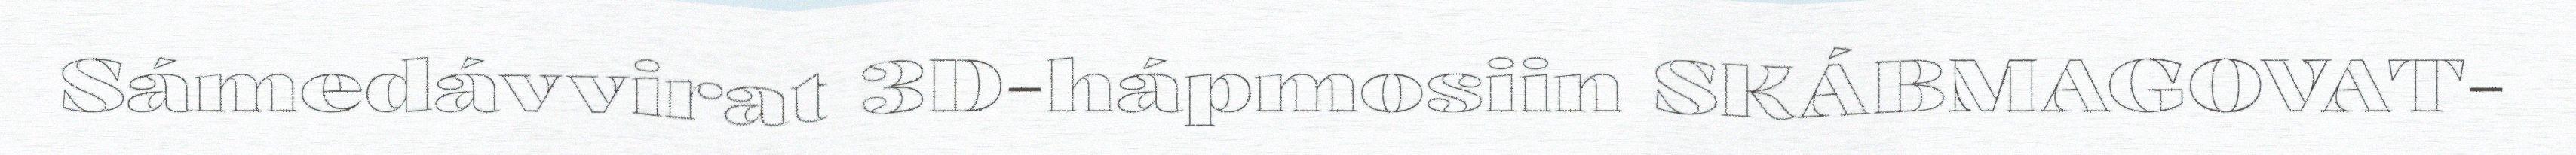
Sámedávvirat 3D-hápmosiin SKÁBMAGOVAT-